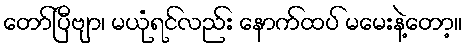
တော်ပြီဗျာ၊ မယုံရင်လည်း နောက်ထပ် မမေးနဲ့တော့။